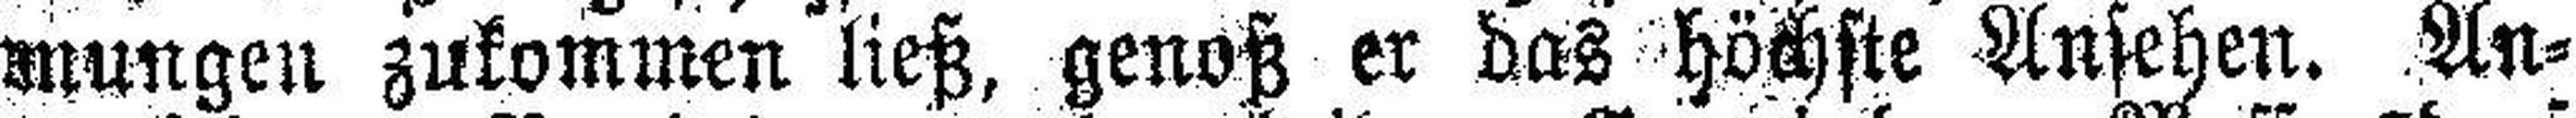
mungen zukommen ließ, genoß er das höchste Ansehen. An¬